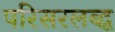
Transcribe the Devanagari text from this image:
परिसरलब्द्ध